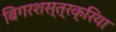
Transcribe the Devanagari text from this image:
बिगरशस्त्रक्रिया